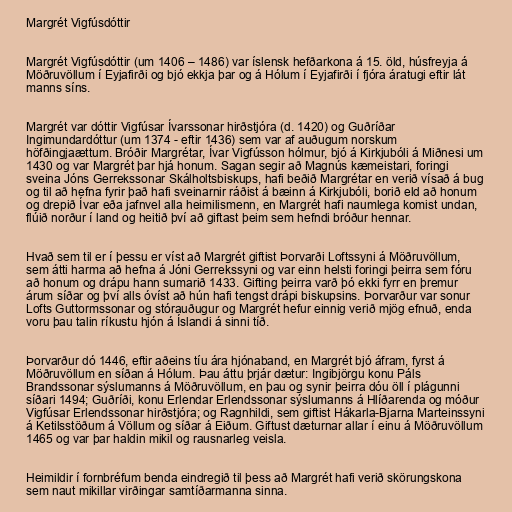
Margrét Vigfúsdóttir

Margrét Vigfúsdóttir (um 1406 – 1486) var íslensk hefðarkona á 15. öld, húsfreyja á
Möðruvöllum í Eyjafirði og bjó ekkja þar og á Hólum í Eyjafirði í fjóra áratugi eftir lát
manns síns.

Margrét var dóttir Vigfúsar Ívarssonar hirðstjóra (d. 1420) og Guðríðar
Ingimundardóttur (um 1374 - eftir 1436) sem var af auðugum norskum
höfðingjaættum. Bróðir Margrétar, Ívar Vigfússon hólmur, bjó á Kirkjubóli á Miðnesi um
1430 og var Margrét þar hjá honum. Sagan segir að Magnús kæmeistari, foringi
sveina Jóns Gerrekssonar Skálholtsbiskups, hafi beðið Margrétar en verið vísað á bug
og til að hefna fyrir það hafi sveinarnir ráðist á bæinn á Kirkjubóli, borið eld að honum
og drepið Ívar eða jafnvel alla heimilismenn, en Margrét hafi naumlega komist undan,
flúið norður í land og heitið því að giftast þeim sem hefndi bróður hennar.

Hvað sem til er í þessu er víst að Margrét giftist Þorvarði Loftssyni á Möðruvöllum,
sem átti harma að hefna á Jóni Gerrekssyni og var einn helsti foringi þeirra sem fóru
að honum og drápu hann sumarið 1433. Gifting þeirra varð þó ekki fyrr en þremur
árum síðar og því alls óvíst að hún hafi tengst drápi biskupsins. Þorvarður var sonur
Lofts Guttormssonar og stórauðugur og Margrét hefur einnig verið mjög efnuð, enda
voru þau talin ríkustu hjón á Íslandi á sinni tíð.

Þorvarður dó 1446, eftir aðeins tíu ára hjónaband, en Margrét bjó áfram, fyrst á
Möðruvöllum en síðan á Hólum. Þau áttu þrjár dætur: Ingibjörgu konu Páls
Brandssonar sýslumanns á Möðruvöllum, en þau og synir þeirra dóu öll í plágunni
síðari 1494; Guðríði, konu Erlendar Erlendssonar sýslumanns á Hlíðarenda og móður
Vigfúsar Erlendssonar hirðstjóra; og Ragnhildi, sem giftist Hákarla-Bjarna Marteinssyni
á Ketilsstöðum á Völlum og síðar á Eiðum. Giftust dæturnar allar í einu á Möðruvöllum
1465 og var þar haldin mikil og rausnarleg veisla.

Heimildir í fornbréfum benda eindregið til þess að Margrét hafi verið skörungskona
sem naut mikillar virðingar samtíðarmanna sinna.